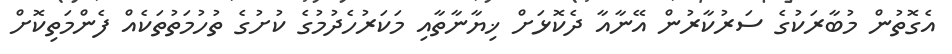
އެގޮތުން މުބާރަކުގެ ސަރުކާރުން އޭނާއާ ދެކޮޅަށް ޚިޔާނާތާއި މަކަރުހެދުމުގެ ކުށުގެ ތުހުމަތުތަކެއް ފެންމަތިކޮށް